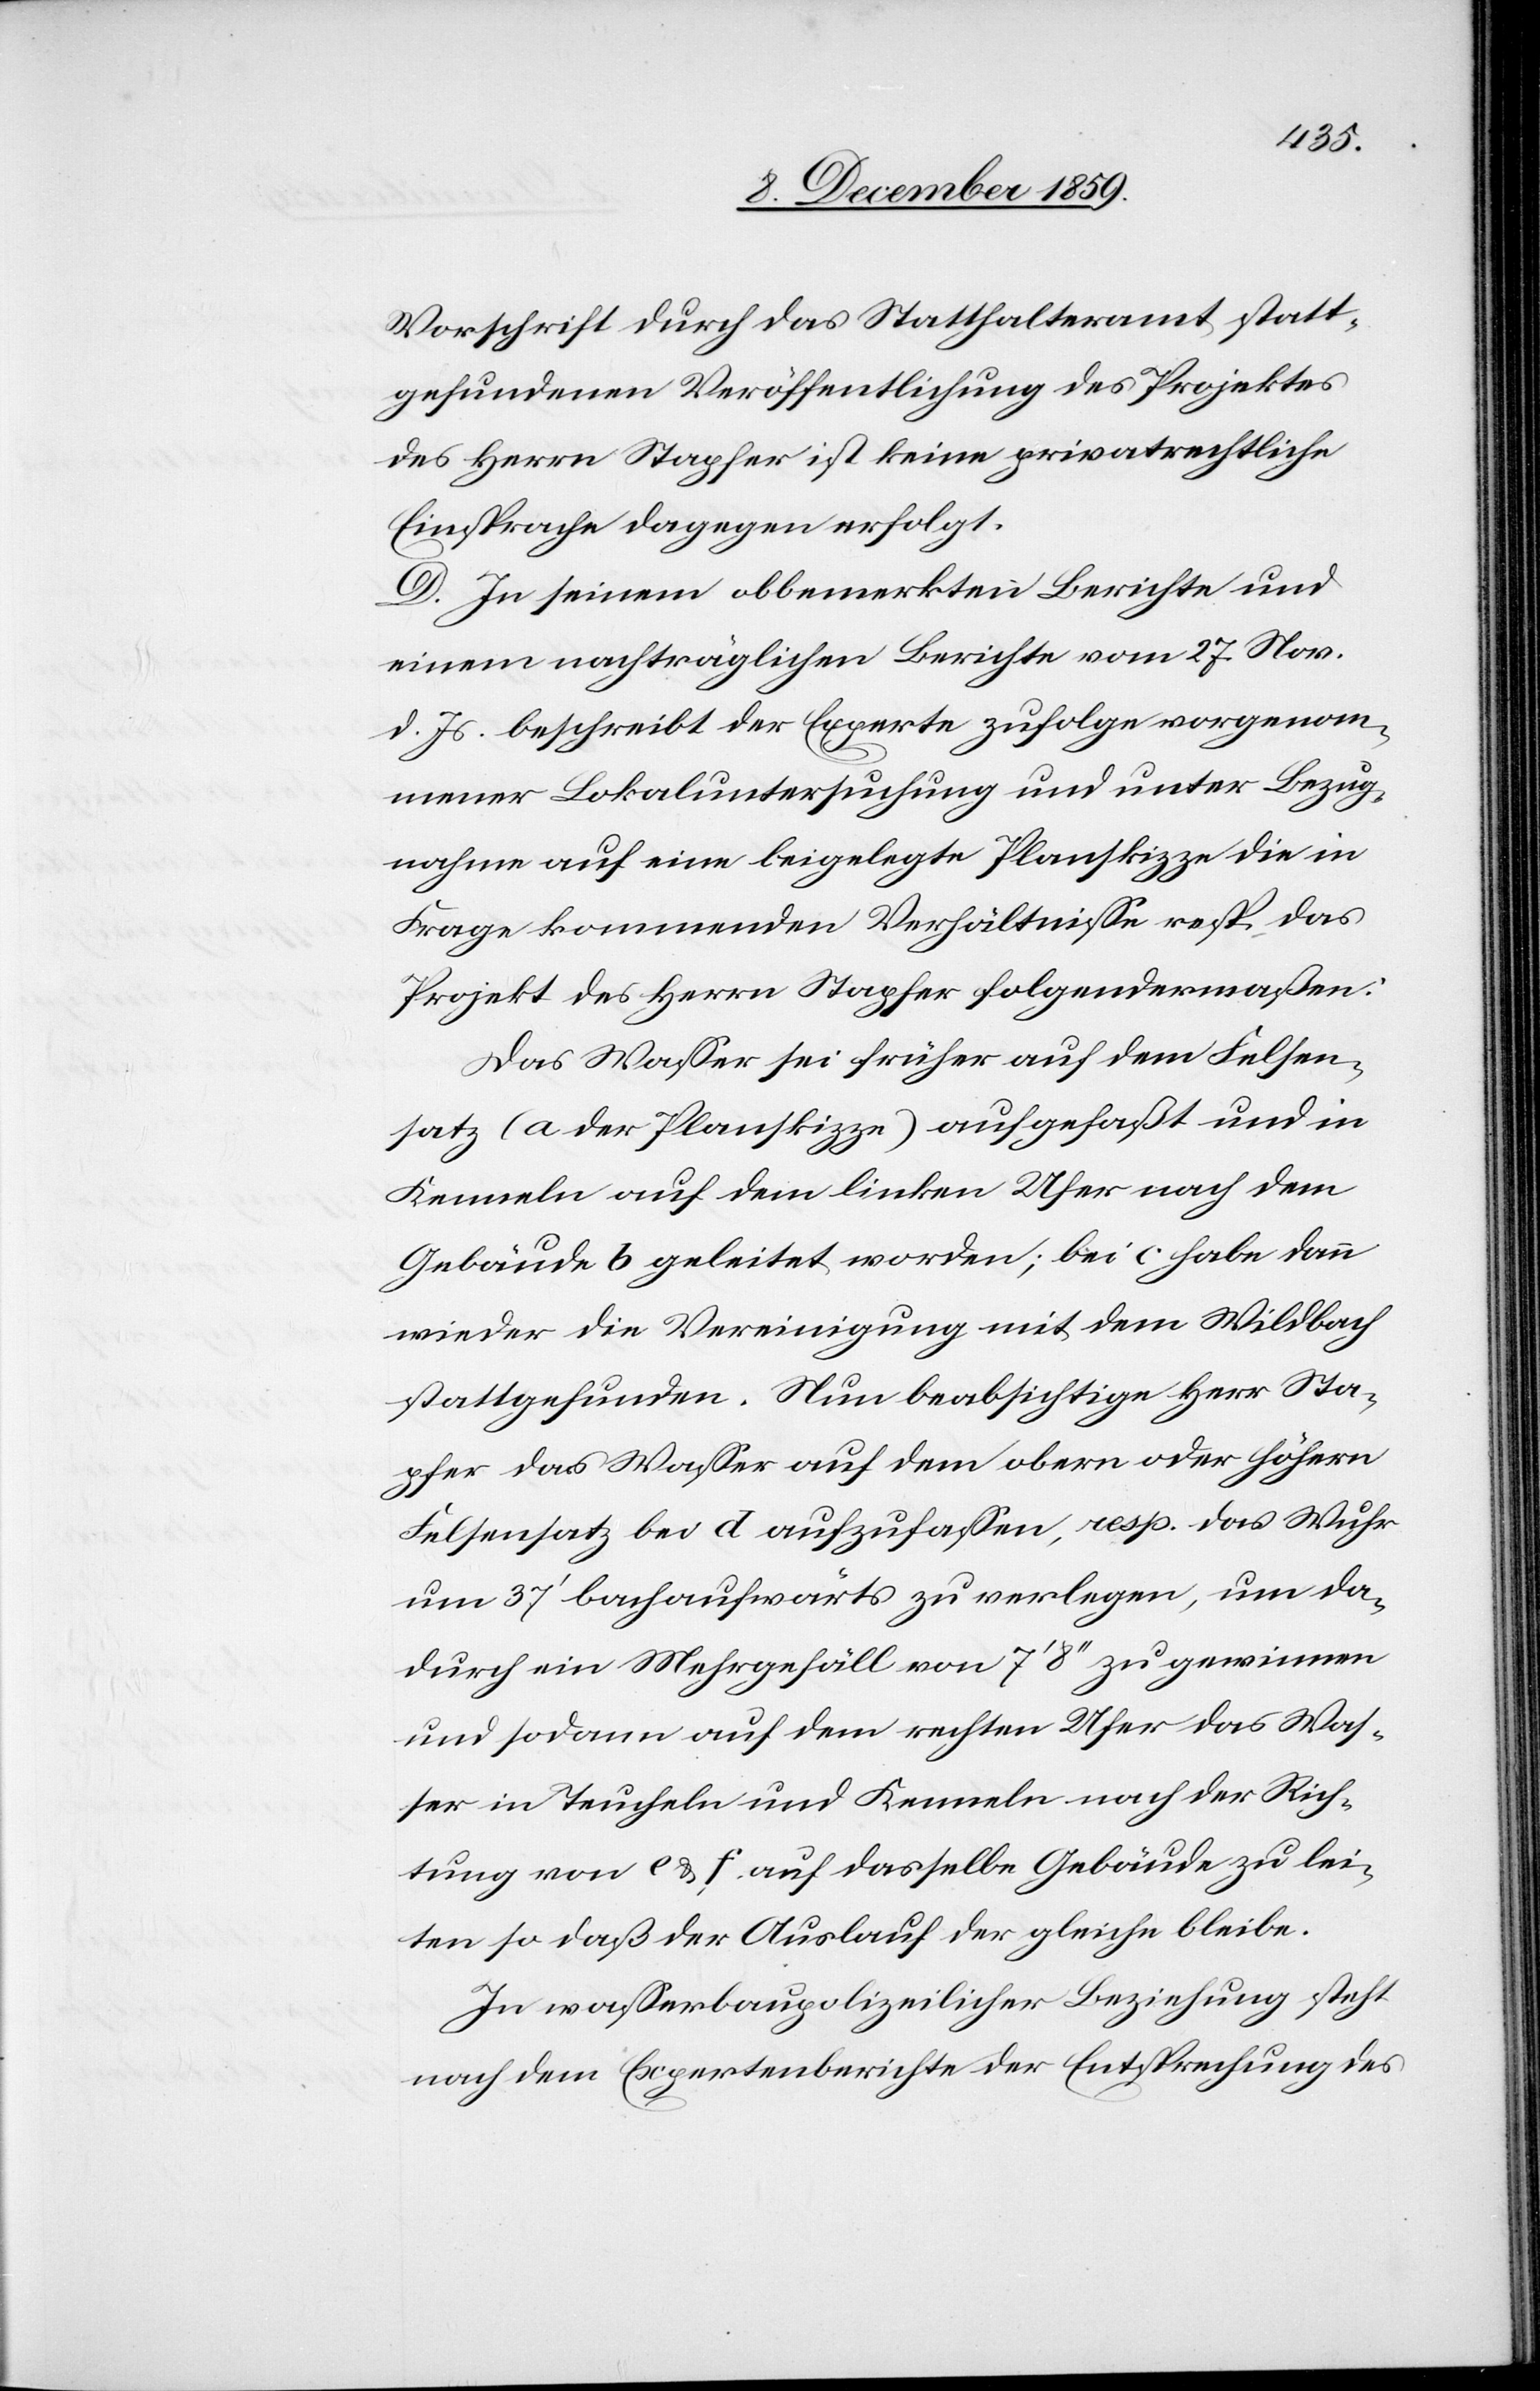
Vorschrift durch das Statthalteramt statt¬
gefundenen Veröffentlichung des Projektes
des Herrn Stapfer ist keine privatrechtliche
Einsprache dagegen erfolgt.
D. In seinem obbemerkten Berichte und
einem nachträglichen Berichte vom 27. Nov.
d. Js. beschreibt der Experte zufolge vorgenom¬
mener Lokaluntersuchung und unter Bezug¬
nahme auf eine beigelegte Planskizze die in
Frage kommenden Verhältnisse resp. das
Projekt des Herrn Stapfer folgendermaßen:
Das Wasser sei früher auf dem Felsen¬
satz (a der Planskizze) aufgefaßt und in
Kenneln auf dem linken Ufer nach dem
Gebäude b geleitet worden; bei c habe dann
wieder die Vereinigung mit dem Wildbach
stattgefunden. Nun beabsichtige Herr Sta¬
pfer das Wasser auf dem obern oder höhern
Felsensatz bei d aufzulassen, resp. das Wuhr
um 37’ bachaufwärts zu verlegen, um da¬
durch ein Mehrgefäll von 7’8’’ zu gewinnen
und sodann auf dem rechten Ufer das Was¬
ser in Teucheln und Kenneln nach der Rich¬
tung von e & f auf dasselbe Gebäude zu lei¬
ten so daß der Auslauf der gleiche bleibe.
In wasserbaupolizeilicher Beziehung steht
nach dem Expertenberichte der Entsprechung des